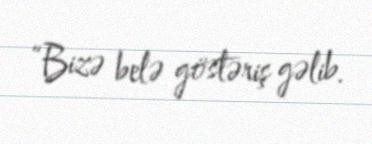
“Bizə belə göstəriş gəlib.